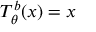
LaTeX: T _ { \theta } ^ { b } ( x ) = x